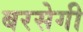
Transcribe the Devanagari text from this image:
बरसेगी